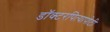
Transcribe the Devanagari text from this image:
डॉक्टरपित्यापोटी